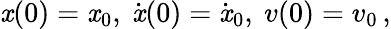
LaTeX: \mathit{x}(0)=\mathit{x}_{0},~\dot{{\mathit{x}}}(0)=\dot{{\mathit{x}}}_{0},~v(0)=v_{0}\, ,